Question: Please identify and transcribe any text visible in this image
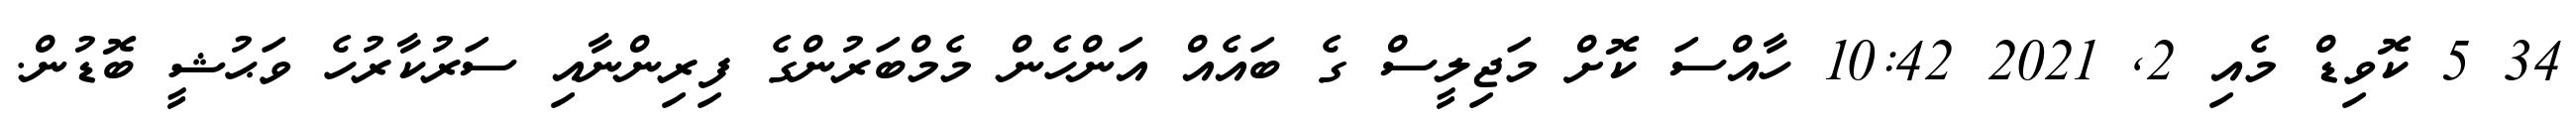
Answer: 34 5 ކޮވިޑް މެއި 2, 2021 10:42 ހާއްސަ ކޮށް މަޖިލީސް ގެ ބައެއް އަންހެން މެމްބަރުންގެ ފިރިންނާއި ސަރުކާރުހެ ވަޙުޝީ ބޮޑުން.